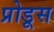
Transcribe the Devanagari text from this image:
प्रोडूस